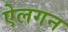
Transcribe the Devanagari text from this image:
ऐलगन